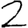
Digit: 2